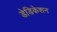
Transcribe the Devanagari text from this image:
डेडिकेशन